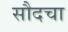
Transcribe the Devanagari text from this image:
सौदचा